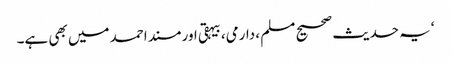
‘یہ حدیث صحیح مسلم ، دارمی، بیہقی اور مسند احمد میں بھی ہے۔